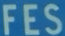
FES